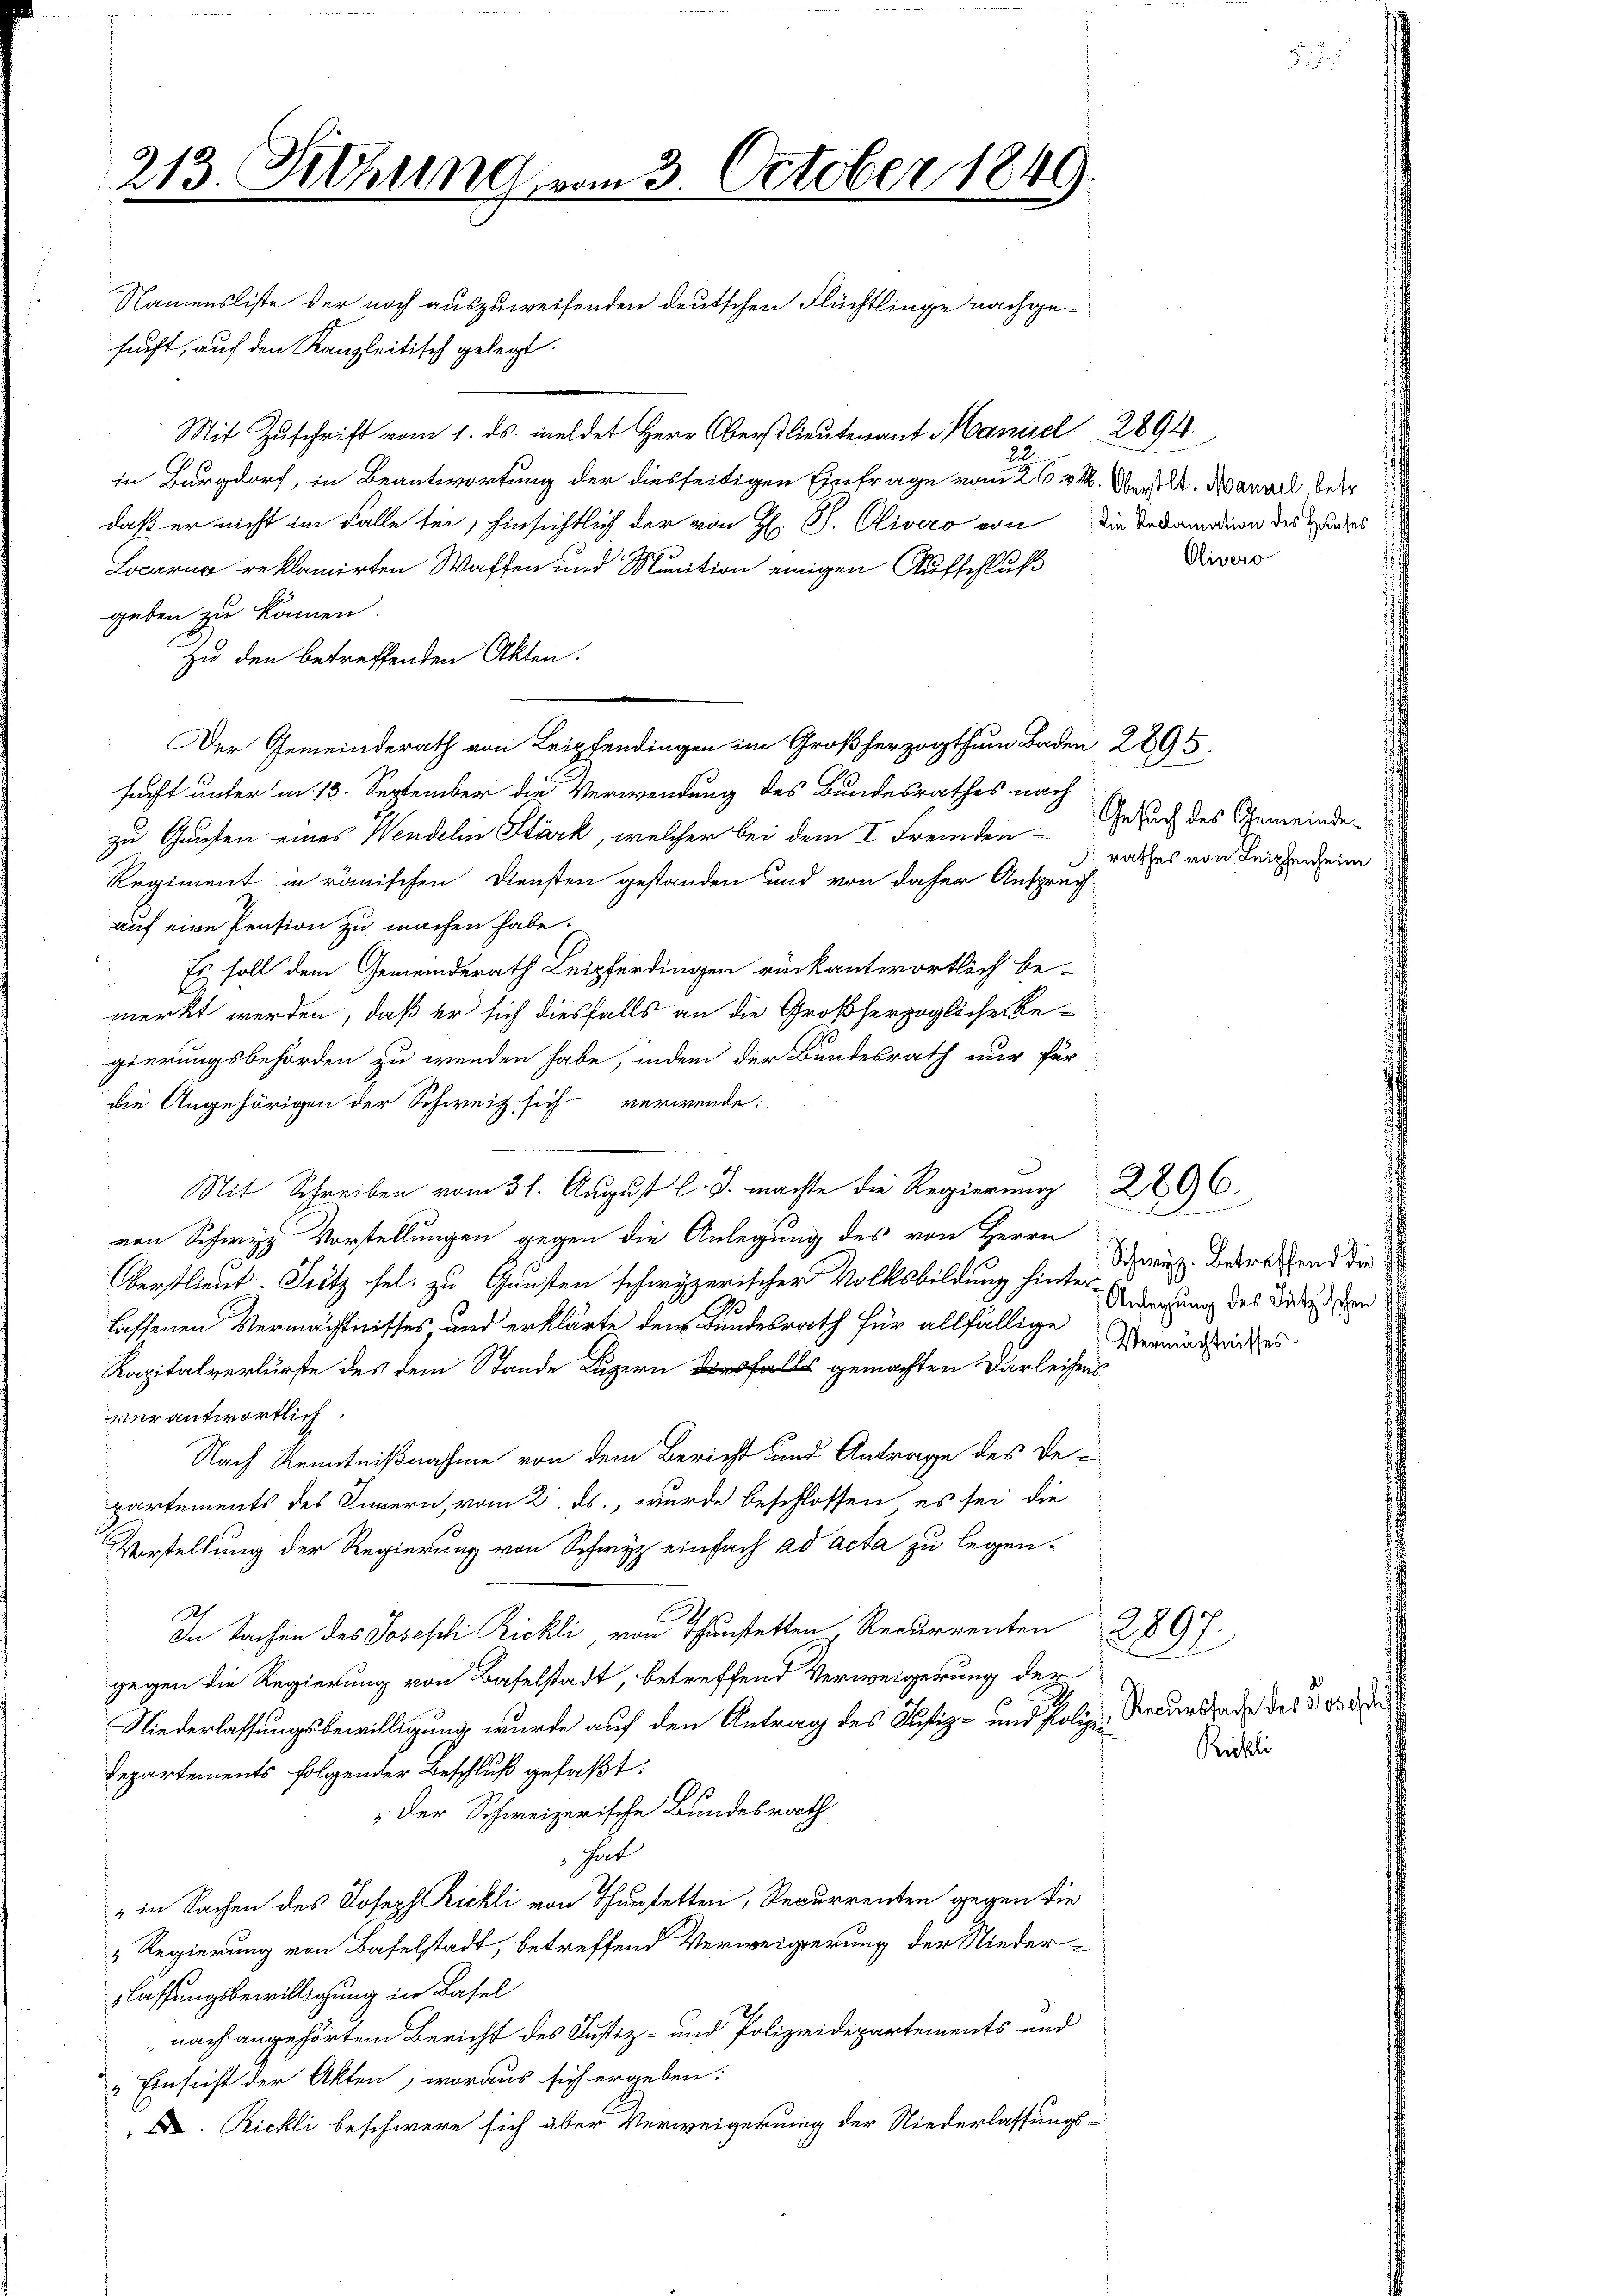
213. Siehung vom 3. October 1849.

Namensliste der noch auszuweisenden deutschen Flüchtlinge nachgesucht, auf den Kanzleitisch gelegt.
Mit Zuschrift vom 1. ds. meldet Herr Oberstlieutenant Maniel 2894.
in Burgdorf, in Beantwortung der diesseitigen Einfrage vom 26. v. M. Merz l. Mangel betr.
daß er nicht im Falle sei, hinsichtlich der von Hr. P. Olivero von Die Sodanndion des Hauses
Locarno reklamirten Waffen und Munition einigen Aufschluß
geben zu kommen.
zu den betreffenden Akten.
Der Gemeinderath von Leipendigen im Großherzogthum Baden 2895.
sucht unter in 13. September die Verwendung des Bundesrathes nach
zu Gaufen eines Wendelin Stärk, welcher bei dem I. Fremden Gesuch des Gemeinde¬
Regiment in römischen Diensten gestanden und von daher Anspruch-
auf eine Pension zu machen habe.
Es soll dem Gemeinderath Leipferdingen rückantwortlich be-
.
merkt werden, daß er sich diesfalls an die Großherzogliche Regierungsbehörden zu wenden habe, indem der Bundesrath nur für
die Angehörigen der Schweiz sich verwende:
Mit Schreiben vom 31. August l. J. machte die Regierung 220 6
von Schwyz Vorstellungen gegen die Anlegung des von Herrn
Oberstlieut. Lutz sel. zu Gunsten schwyzerischer Volksbildung hinter-
lassenen Vermächtnisses, und erklärte dem Bundesrath für allfällige Meinundtrictes
Kapitalverlurste des dem Stande Luzern diesfalls gemachten Darleihens
verantwortlich
Nach Kenntnißnahme von dem Bericht und Antrage des De-
partements des Innern, vom 2. ds., wurde beschlossen, es sei die
Vorstellung der Regierung von Schwyz einfach ad acta zu legen-
Ah
In Sachen des Joseph Rickli von Thunstetten Recurrenten
gegen die Regierung von Baselstadt, betreffend Verweigerung der
Niederlassungsbewilligung wurde auf den Antrag des Justiz- und Polize Recurade des § 238
Departements folgender Beschluß gefaßt:
Der Schweizerische Bundesrath
hat
" in Sachen des Joseph Rickli von Thunstetten, Recurrenten gegen die
Regierung von Baselstadt, betreffend Verweigerung der Niederlassungsbewilligung in Basel
nach angehörtem Bericht des Justiz- und Polizeidepartements und
" Einsicht der Akten, woraus sich ergeben:
Rickli beschwere sich aber Verweigerung der Niederlassungs-

Olivero

rathes von Leiphenheim

Schwyz. betreffend die
 Anlegung des Satzischen

u

Richtli

e
2897.